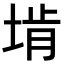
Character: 𪣩